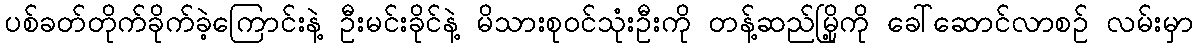
ပစ်ခတ်တိုက်ခိုက်ခဲ့ကြောင်းနဲ့ ဦးမင်းခိုင်နဲ့ မိသားစုဝင်သုံးဦးကို တန့်ဆည်မြို့ကို ခေါ်ဆောင်လာစဉ် လမ်းမှာ